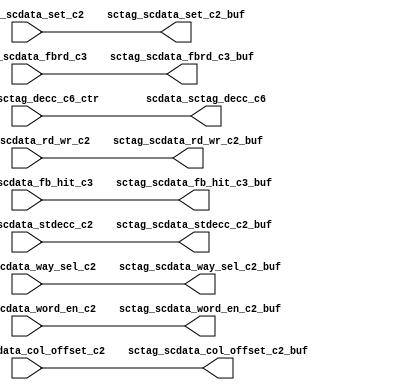
module scdata_rep(/*AUTOARG*/
   // Outputs
   sctag_scdata_col_offset_c2_buf, sctag_scdata_fb_hit_c3_buf, 
   sctag_scdata_fbrd_c3_buf, sctag_scdata_rd_wr_c2_buf, 
   sctag_scdata_set_c2_buf, sctag_scdata_stdecc_c2_buf, 
   sctag_scdata_way_sel_c2_buf, sctag_scdata_word_en_c2_buf, 
   scdata_sctag_decc_c6, 
   // Inputs
   sctag_scdata_col_offset_c2, sctag_scdata_fb_hit_c3, 
   sctag_scdata_fbrd_c3, sctag_scdata_rd_wr_c2, sctag_scdata_set_c2, 
   sctag_scdata_stdecc_c2, sctag_scdata_way_sel_c2, 
   sctag_scdata_word_en_c2, scdata_sctag_decc_c6_ctr
   );

   input [3:0]		sctag_scdata_col_offset_c2;
   input		sctag_scdata_fb_hit_c3;
   input		sctag_scdata_fbrd_c3;
   input		sctag_scdata_rd_wr_c2;   
   input [9:0] 		sctag_scdata_set_c2;
   input [77:0] 	sctag_scdata_stdecc_c2;
   input [11:0] 	sctag_scdata_way_sel_c2;
   input [15:0] 	sctag_scdata_word_en_c2;
   input [155:0]	scdata_sctag_decc_c6_ctr;
   
   output [3:0] 	sctag_scdata_col_offset_c2_buf;
   output		sctag_scdata_fb_hit_c3_buf;
   output		sctag_scdata_fbrd_c3_buf;
   output		sctag_scdata_rd_wr_c2_buf;   
   output [9:0] 	sctag_scdata_set_c2_buf;
   output [77:0] 	sctag_scdata_stdecc_c2_buf;
   output [11:0] 	sctag_scdata_way_sel_c2_buf;
   output [15:0] 	sctag_scdata_word_en_c2_buf;
   output [155:0]	scdata_sctag_decc_c6;   

   assign sctag_scdata_col_offset_c2_buf = sctag_scdata_col_offset_c2;
   assign sctag_scdata_fb_hit_c3_buf = sctag_scdata_fb_hit_c3;
   assign sctag_scdata_fbrd_c3_buf = sctag_scdata_fbrd_c3;
   assign sctag_scdata_rd_wr_c2_buf = sctag_scdata_rd_wr_c2;   
   assign sctag_scdata_set_c2_buf = sctag_scdata_set_c2;
   assign sctag_scdata_stdecc_c2_buf = sctag_scdata_stdecc_c2;
   assign sctag_scdata_way_sel_c2_buf = sctag_scdata_way_sel_c2;
   assign sctag_scdata_word_en_c2_buf = sctag_scdata_word_en_c2;
   assign scdata_sctag_decc_c6 = scdata_sctag_decc_c6_ctr;   

endmodule